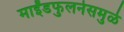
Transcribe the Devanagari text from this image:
माईंडफुलनेसमुळे